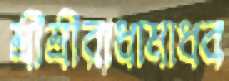
শ্রীশ্রীরাধামাধব